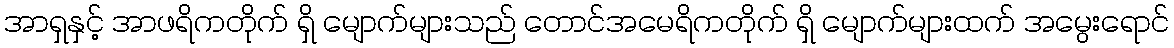
အာရှနှင့် အာဖရိကတိုက် ရှိ မျောက်များသည် တောင်အမေရိကတိုက် ရှိ မျောက်များထက် အမွေးရောင်